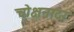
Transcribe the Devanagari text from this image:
चोक्षनादा